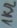
Text: 1kΩ